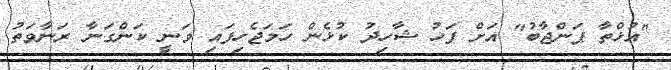
"އުޅްތާ ޕަންޖާބު" އަށް ފަހު ޝާހިދު ކުޅެން ހަމަޖެހިފައި ވަނީ ކަންގަނާ ރަނާވަތު